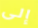
إلى